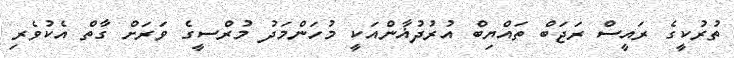
ތުރުކީގެ ރައީސް ރަޖަބް ތައްޔިބް އުރުދުޣާންއަކީ މުހަންމަދު މުރްސީގެ ވަރަށް ގާތް އެކުވެރި